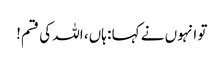
تو انہوں نے کہا : ہاں، اللہ کی قسم!